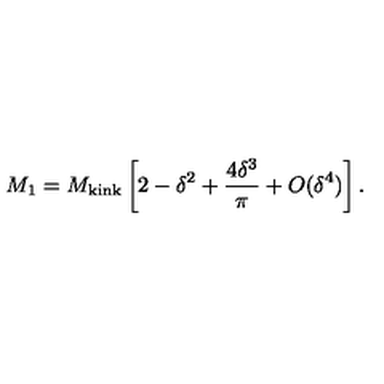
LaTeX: M _ { 1 } = M _ { \mathrm { k i n k } } \left[ 2 - \delta ^ { 2 } + { \frac { 4 \delta ^ { 3 } } { \pi } } + O ( \delta ^ { 4 } ) \right] .